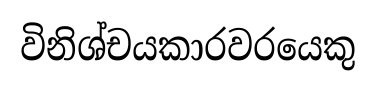
විනිශ්චයකාරවරයෙකු